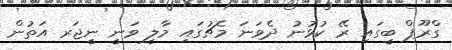
ގްރޫޕް ބީގައި ރޭ ކުޅުނު ދެވަނަ މެޗުގައި މާލީ ވަނީ ނީޖަރ އަތުން